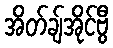
အိတ်ချ်အိုင်ဗွီ